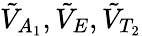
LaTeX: \tilde{V}_{A_{1}},\tilde{V}_{E},\tilde{V}_{T_{2}}